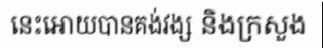
នេះអោយបានគង់វង្ស និងក្រសួង